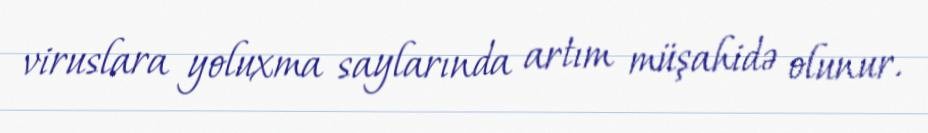
viruslara yoluxma saylarında artım müşahidə olunur.